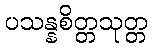
ပသန္နစိတ္တသုတ္တ